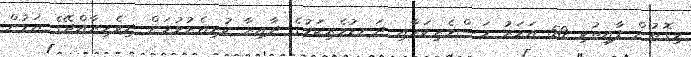
މިގޮތުން ފާއިތުވި 50 އަހަރު މަސްވެރިކަމާއި ދަނޑުވެރިކަމުގެ ދާއިރާ ކުރިއެރުވުމަށް ދިވެހިރާއްޖޭގެ އަޑުން